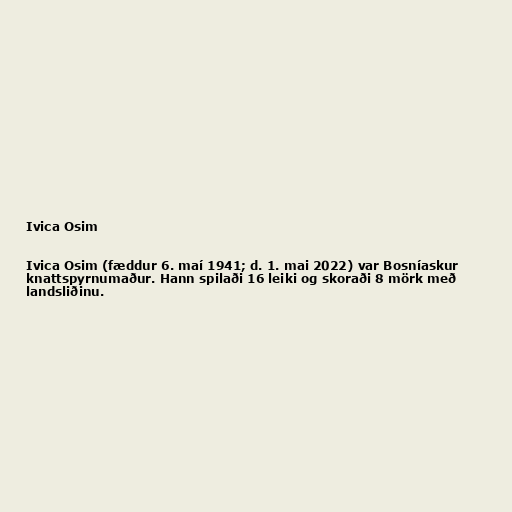
Ivica Osim

Ivica Osim (fæddur 6. maí 1941; d. 1. mai 2022) var Bosníaskur
knattspyrnumaður. Hann spilaði 16 leiki og skoraði 8 mörk með
landsliðinu.